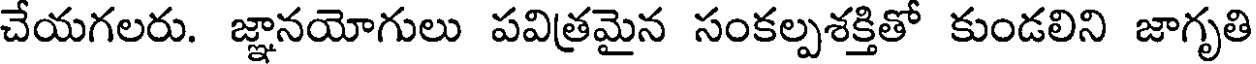
చేయగలరు. జ్ఞానయోగులు పవిత్రమైన సంకల్పశక్తితో కుండలిని జాగృతి